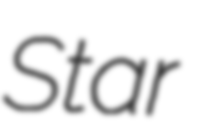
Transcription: Star